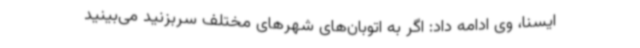
ایسنا، وی ادامه داد: اگر به اتوبان‌های شهرهای مختلف سربزنید می‌بینید